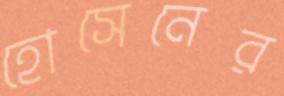
হোসেনের